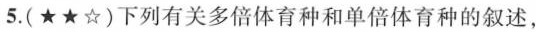
5.(★★☆)下列有关多倍体育种和单倍体育种的叙述，